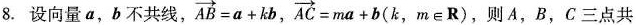
8.设向量a，b不共线，$$\overrightarrow { A B } = a + k b$$，$$\overrightarrow { A C } = m a + b$$(k，m \in R) ，则A，B，C三点共